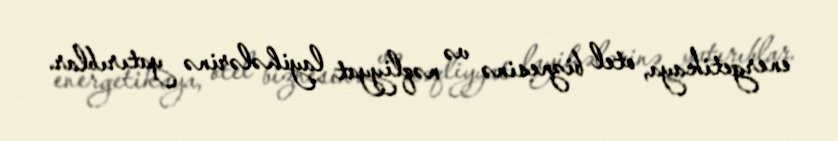
energetikaya, otel biznesinə və nəqliyyat layihələrinə yatırıblar.